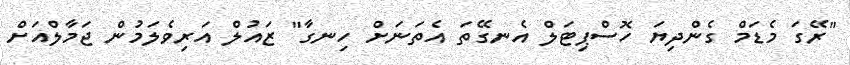
"ރޭގަ މެޑަމް ގެންދިޔަ ހޮސްޕިޓަލް އެނގޭތަ އެތަނަށް ހިނގާ" ޒައުލް އަރިވެލަމުން ޖަމާލްއަށް